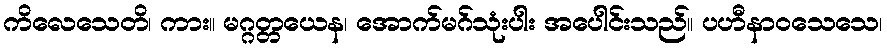
ကိလေသေတိ၊ ကား။ မဂ္ဂတ္တယေန၊ အောက်မဂ်သုံးပါး အပေါင်းသည်။ ပဟီနာဝသေသေ၊